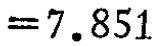
$=7.851$